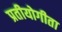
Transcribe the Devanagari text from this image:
प्रतीयोगीता